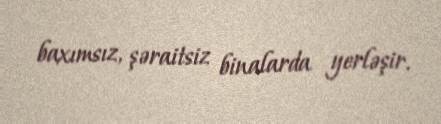
baxımsız, şəraitsiz binalarda yerləşir.